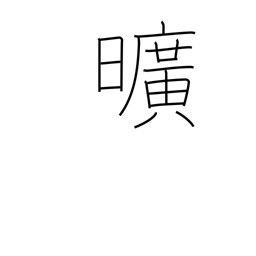
Meaning: worthless